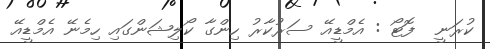
ކުރަނީ  ފޮޓޯ : އެމްޑީއޭ ސަރުކާރު ހިންގާ ކޯލިޝަންގައި ހިމެނޭ އެމްޑީއޭ